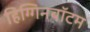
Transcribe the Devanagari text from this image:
हिग्गिनबॉटम